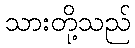
သားတို့သည်